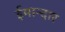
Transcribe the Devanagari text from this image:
ईमान्दार